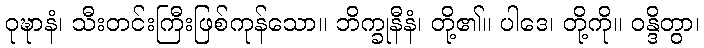
ဝုဍ္ဎာနံ၊ သီးတင်းကြီးဖြစ်ကုန်သော။ ဘိက္ခုနီနံ၊ တို့၏။ ပါဒေ၊ တို့ကို။ ဝန္ဒိတွာ၊